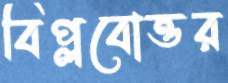
বিপ্লবোত্তর